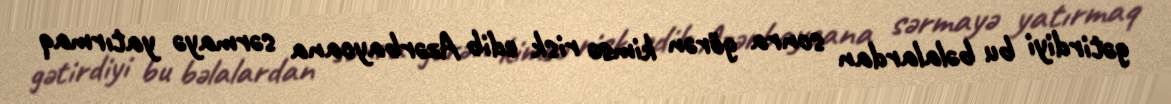
gətirdiyi bu bəlalardan sonra görən kimsə risk edib Azərbaycana sərmayə yatırmaq